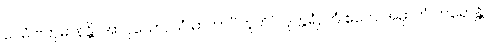
ပေမံ ဗဟုမာနန္တိ။ အာဝုသော, ယံ မာတာပိတူဟိပိ ဒုက္ကရံ, တံ ဧတေ အမှာကံ ကရောန္တိ,